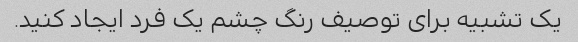
یک تشبیه برای توصیف رنگ چشم یک فرد ایجاد کنید.